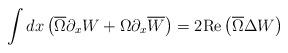
LaTeX: \begin{align*}\int dx \left(\overline{\Omega} \partial_x W + \Omega\partial_x \overline{W}\right)= 2\mbox{Re} \left(\overline{\Omega}\Delta W\right)\end{align*}